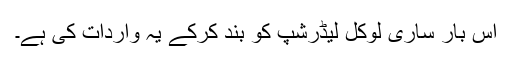
اِس بار ساری لوکل لیڈرشپ کو بند کرکے یہ واردات کی ہے۔